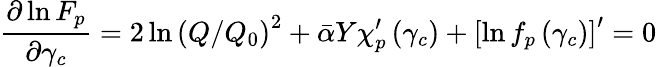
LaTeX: \frac{\partial\ln F_{p}}{\partial\gamma_{c}}=2\ln\left(Q/Q_{0}\right)^{2}+\bar{\alpha}Y\chi_{p}^{\prime}\left(\gamma_{c}\right)+\left[\ln f_{p}\left(\gamma_{c}\right)\right]^{\prime}=0